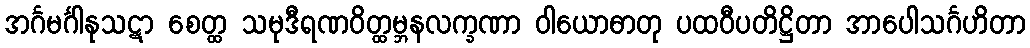
အင်္ဂမင်္ဂါနုသဋာ စေတ္ထ သမုဒီရဏဝိတ္ထမ္ဘနလက္ခဏာ ဝါယောဓာတု ပထဝီပတိဋ္ဌိတာ အာပေါသင်္ဂဟိတာ